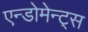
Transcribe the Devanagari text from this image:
एन्डोमेन्ट्‌स